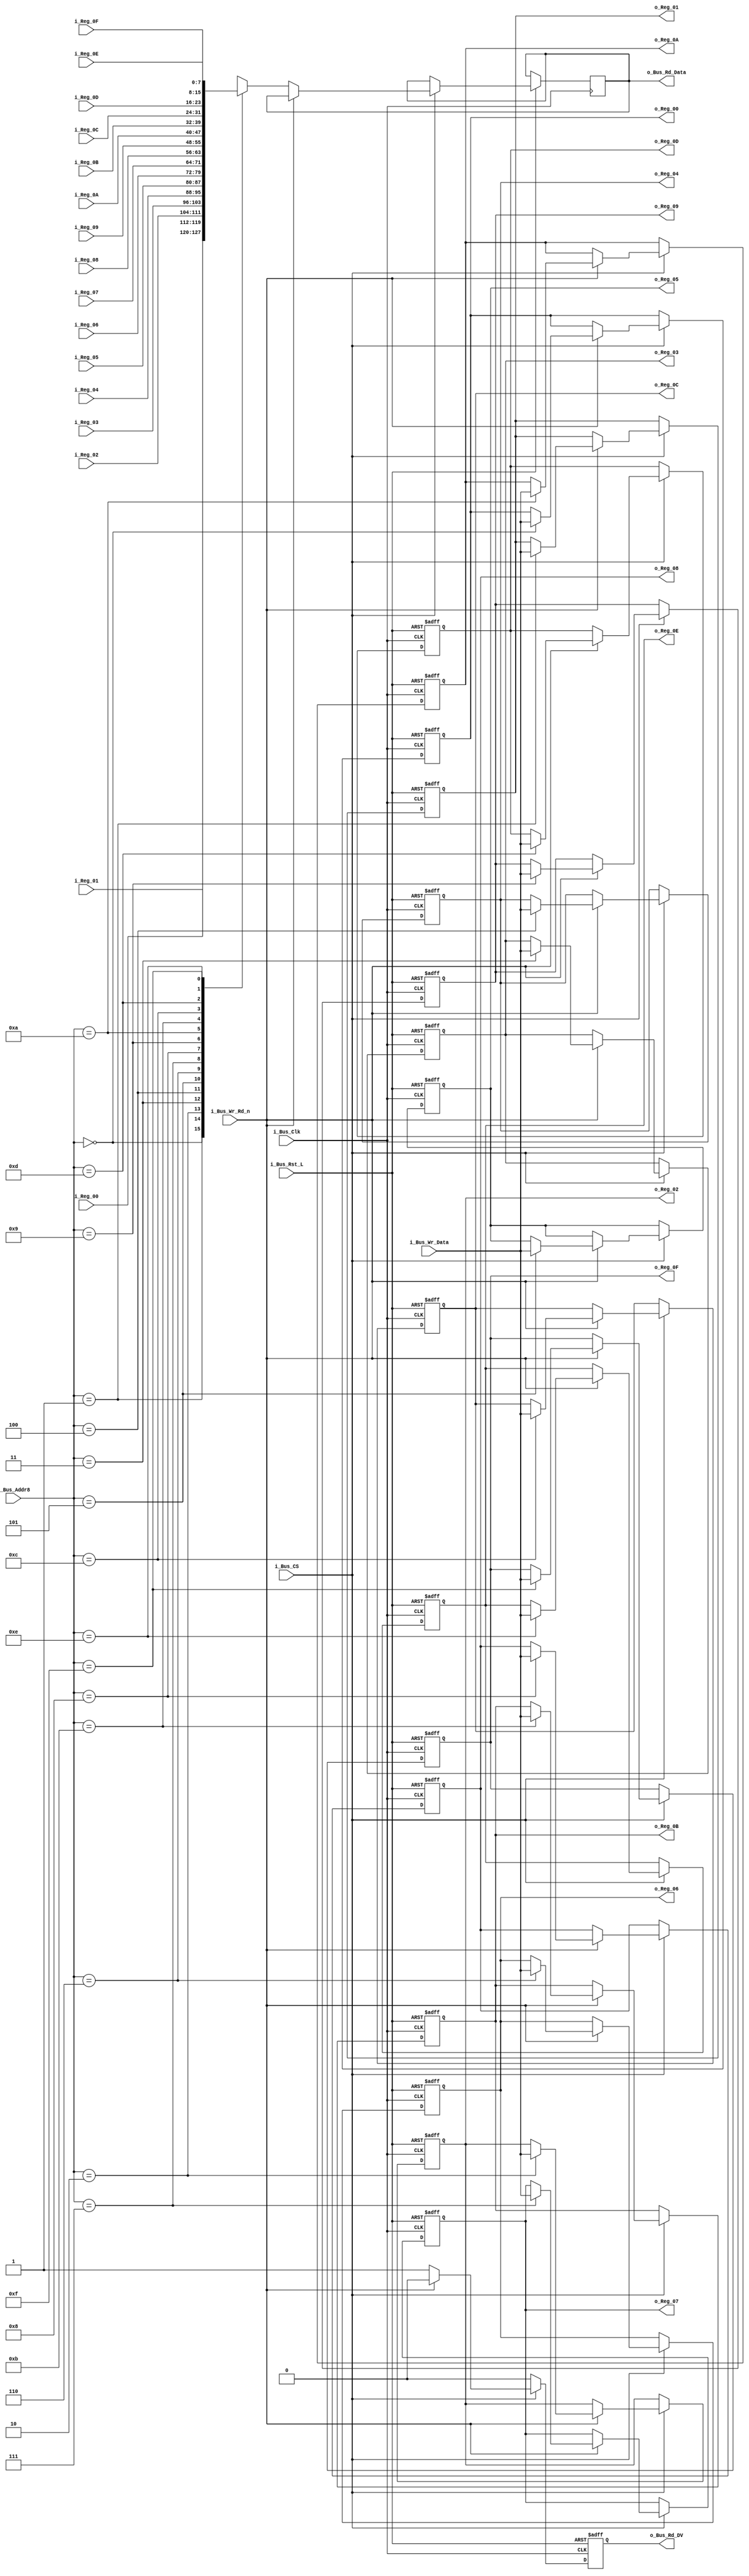
module Bus8_Reg_X16 #(parameter INIT_00  = 0,
                      parameter INIT_01  = 0,
                      parameter INIT_02  = 0,
                      parameter INIT_03  = 0,
                      parameter INIT_04  = 0,
                      parameter INIT_05  = 0,
                      parameter INIT_06  = 0,
                      parameter INIT_07  = 0,
                      parameter INIT_08  = 0,
                      parameter INIT_09  = 0,
                      parameter INIT_0A  = 0,
                      parameter INIT_0B  = 0,
                      parameter INIT_0C  = 0,
                      parameter INIT_0D  = 0,
                      parameter INIT_0E  = 0,
                      parameter INIT_0F  = 0)
 (input            i_Bus_Rst_L,
  input            i_Bus_Clk,
  input            i_Bus_CS,
  input            i_Bus_Wr_Rd_n,
  input [3:0]      i_Bus_Addr8,
  input [7:0]      i_Bus_Wr_Data,
  output reg [7:0] o_Bus_Rd_Data,
  output reg       o_Bus_Rd_DV,
  input [7:0]      i_Reg_00,
  input [7:0]      i_Reg_01,
  input [7:0]      i_Reg_02,
  input [7:0]      i_Reg_03,
  input [7:0]      i_Reg_04,
  input [7:0]      i_Reg_05,
  input [7:0]      i_Reg_06,
  input [7:0]      i_Reg_07,
  input [7:0]      i_Reg_08,
  input [7:0]      i_Reg_09,
  input [7:0]      i_Reg_0A,
  input [7:0]      i_Reg_0B,
  input [7:0]      i_Reg_0C,
  input [7:0]      i_Reg_0D,
  input [7:0]      i_Reg_0E,
  input [7:0]      i_Reg_0F,
  output reg [7:0] o_Reg_00,
  output reg [7:0] o_Reg_01,
  output reg [7:0] o_Reg_02,
  output reg [7:0] o_Reg_03,
  output reg [7:0] o_Reg_04,
  output reg [7:0] o_Reg_05,
  output reg [7:0] o_Reg_06,
  output reg [7:0] o_Reg_07,
  output reg [7:0] o_Reg_08,
  output reg [7:0] o_Reg_09,
  output reg [7:0] o_Reg_0A,
  output reg [7:0] o_Reg_0B,
  output reg [7:0] o_Reg_0C,
  output reg [7:0] o_Reg_0D,
  output reg [7:0] o_Reg_0E,
  output reg [7:0] o_Reg_0F);


  always @(posedge i_Bus_Clk or negedge i_Bus_Rst_L)
  begin
    if (~i_Bus_Rst_L)
    begin
      o_Bus_Rd_DV <= 1'b0;
      o_Reg_00   <= INIT_00;
      o_Reg_01   <= INIT_01;
      o_Reg_02   <= INIT_02;
      o_Reg_03   <= INIT_03;
      o_Reg_04   <= INIT_04;
      o_Reg_05   <= INIT_05;
      o_Reg_06   <= INIT_06;
      o_Reg_07   <= INIT_07;
      o_Reg_08   <= INIT_08;
      o_Reg_09   <= INIT_09;
      o_Reg_0A   <= INIT_0A;
      o_Reg_0B   <= INIT_0B;
      o_Reg_0C   <= INIT_0C;
      o_Reg_0D   <= INIT_0D;
      o_Reg_0E   <= INIT_0E;
      o_Reg_0F   <= INIT_0F;
    end
    else
    begin
      o_Bus_Rd_DV <= 1'b0;

      if (i_Bus_CS == 1'b1)
      begin
        if (i_Bus_Wr_Rd_n == 1'b1) // Write Command
        begin
          case (i_Bus_Addr8[3:0])
          4'b0000 : o_Reg_00 <= i_Bus_Wr_Data;
          4'b0001 : o_Reg_01 <= i_Bus_Wr_Data;
          4'b0010 : o_Reg_02 <= i_Bus_Wr_Data;
          4'b0011 : o_Reg_03 <= i_Bus_Wr_Data;
          4'b0100 : o_Reg_04 <= i_Bus_Wr_Data;
          4'b0101 : o_Reg_05 <= i_Bus_Wr_Data;
          4'b0110 : o_Reg_06 <= i_Bus_Wr_Data;
          4'b0111 : o_Reg_07 <= i_Bus_Wr_Data;
          4'b1000 : o_Reg_08 <= i_Bus_Wr_Data;
          4'b1001 : o_Reg_09 <= i_Bus_Wr_Data;
          4'b1010 : o_Reg_0A <= i_Bus_Wr_Data;
          4'b1011 : o_Reg_0B <= i_Bus_Wr_Data;
          4'b1100 : o_Reg_0C <= i_Bus_Wr_Data;
          4'b1101 : o_Reg_0D <= i_Bus_Wr_Data;
          4'b1110 : o_Reg_0E <= i_Bus_Wr_Data;
          4'b1111 : o_Reg_0F <= i_Bus_Wr_Data;
          endcase
        end
        else // Read Command
        begin
          o_Bus_Rd_DV <= 1'b1;
          
          case (i_Bus_Addr8[3:0])
          4'b0000 : o_Bus_Rd_Data <= i_Reg_00;
          4'b0001 : o_Bus_Rd_Data <= i_Reg_01;
          4'b0010 : o_Bus_Rd_Data <= i_Reg_02;
          4'b0011 : o_Bus_Rd_Data <= i_Reg_03;
          4'b0100 : o_Bus_Rd_Data <= i_Reg_04;
          4'b0101 : o_Bus_Rd_Data <= i_Reg_05;
          4'b0110 : o_Bus_Rd_Data <= i_Reg_06;
          4'b0111 : o_Bus_Rd_Data <= i_Reg_07;
          4'b1000 : o_Bus_Rd_Data <= i_Reg_08;
          4'b1001 : o_Bus_Rd_Data <= i_Reg_09;
          4'b1010 : o_Bus_Rd_Data <= i_Reg_0A;
          4'b1011 : o_Bus_Rd_Data <= i_Reg_0B;
          4'b1100 : o_Bus_Rd_Data <= i_Reg_0C;
          4'b1101 : o_Bus_Rd_Data <= i_Reg_0D;
          4'b1110 : o_Bus_Rd_Data <= i_Reg_0E;
          4'b1111 : o_Bus_Rd_Data <= i_Reg_0F;
          endcase 
        end // else: !if(i_Bus_Wr_Rd_n == 1'b1)
      end // if (i_Bus_CS == 1'b1)
    end // else: !if(!i_Bus_Rst_L)
  end // always @ (posedge i_Bus_Clk or negedge i_Bus_Rst_L)

endmodule